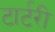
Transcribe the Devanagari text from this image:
टार्टरी